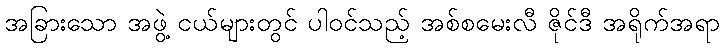
အခြားသော အဖွဲ့ ငယ်များတွင် ပါဝင်သည့် အစ်စမေးလီ ဇိုင်ဒီ အရိုက်အရာ